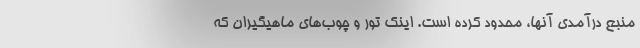
منبع درآمدی آنها، محدود کرده است. اینک تور و چوب‌های ماهیگیران که